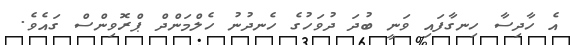
އެ ހާދިސާ ހިނގާފައި ވަނީ ބުދަ ދުވަހުގެ ހެނދުނު ހެލްމަންދް ޕްރޮވިންސް ގައެވެ.